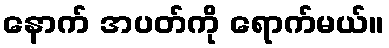
နောက် အပတ်ကို ရောက်မယ်။